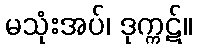
မသုံးအပ်၊ ဒုက္ကဋ်။